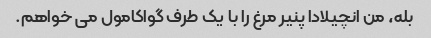
بله، من انچیلادا پنیر مرغ را با یک طرف گواکامول می خواهم.